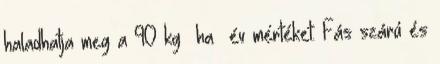
haladhatja meg a 90 kg ha év mértéket. Fás szárú és